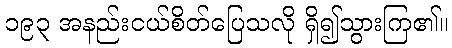
၁၉၃ အနည်းငယ်စိတ်ပြေသလို ရှိ၍သွားကြ၏။